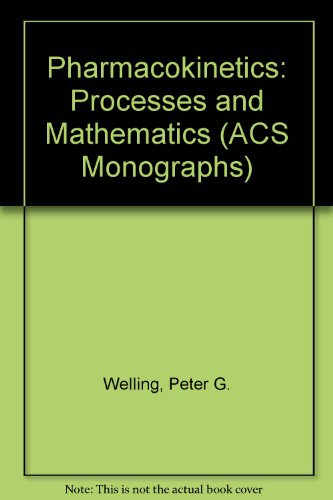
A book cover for Pharmacokinetics: Processes and Mathematics (Acs Monograph); Peter G. Welling; Medical Books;